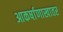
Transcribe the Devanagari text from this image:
आकर्षाणाखातर